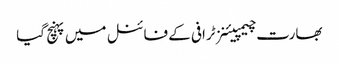
بھارت چیمپیئنز ٹرافی کے فائنل میں پہنچ گیا